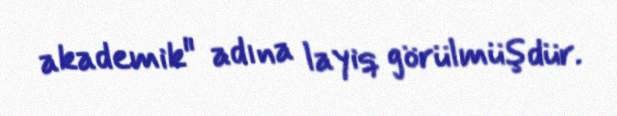
akademik" adına layiq görülmüşdür.